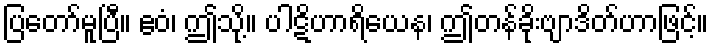
ပြတော်မူပြီ။ ဧဝံ၊ ဤသို့။ ပါဋိဟာရိယေန၊ ဤတန်ခိုးဗျာဒိတ်ဟာဖြင့်။